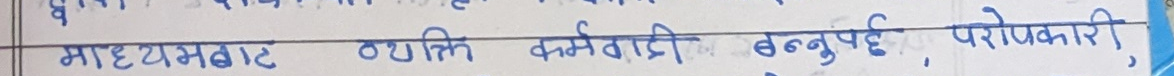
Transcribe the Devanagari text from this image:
माध्यमबाट ठगकि कर्मचारी बन्नुपर्छ, परोपकारी,